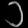
Digit: ၁